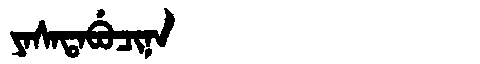
Manchu: ᠶᠠᠰᠠᡨᠠᠪᡠᠴᡳᠨᠠ
Romanization: YASATABUCINA